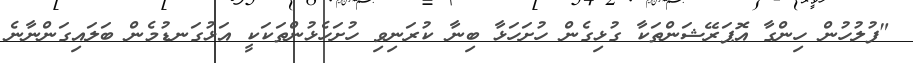
"ފުލުހުން ހިންގާ އޮޕަރޭޝަންތަކާ ގުޅިގެން ހުށަހަޅާ ބިނާ ކުރަނިވި ހުށަހެޅުންތަކަކީ އަޅުގަނޑުމެން ބަލައިގަންނާނެ